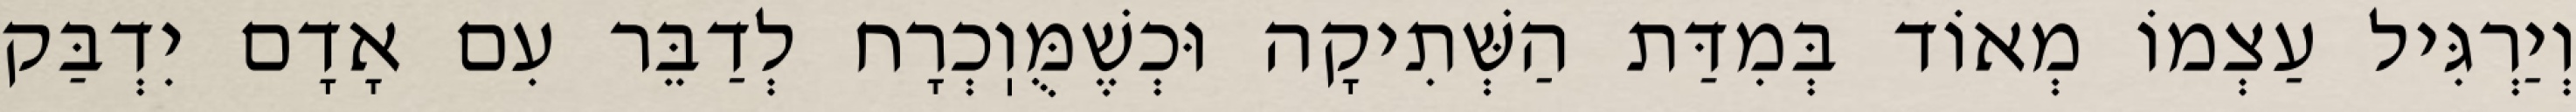
וְיַרְגִּיל עַצְמוֹ מְאוֹד בְּמִדַּת הַשְּׁתִיקָה וּכְשֶׁמֻּוֽכְרָח לְדַבֵּר עִם אָדָם יִדְבַּק